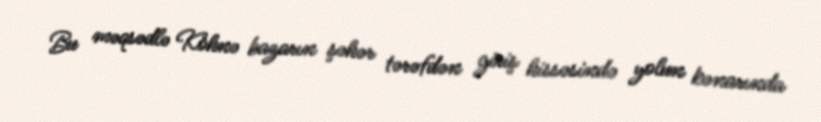
Bu məqsədlə Köhnə bazarın şəhər tərəfdən giriş hissəsində yolun kənarında